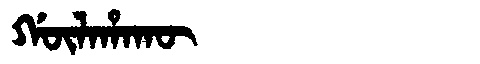
Manchu: ᡤᡡᠯᠠᡥᠠᡴᡡ
Romanization: GŪLAHAKŪ